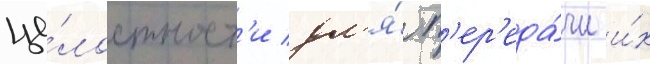
це́лостност'и дл'я́ п'ер'еда́чи и́х